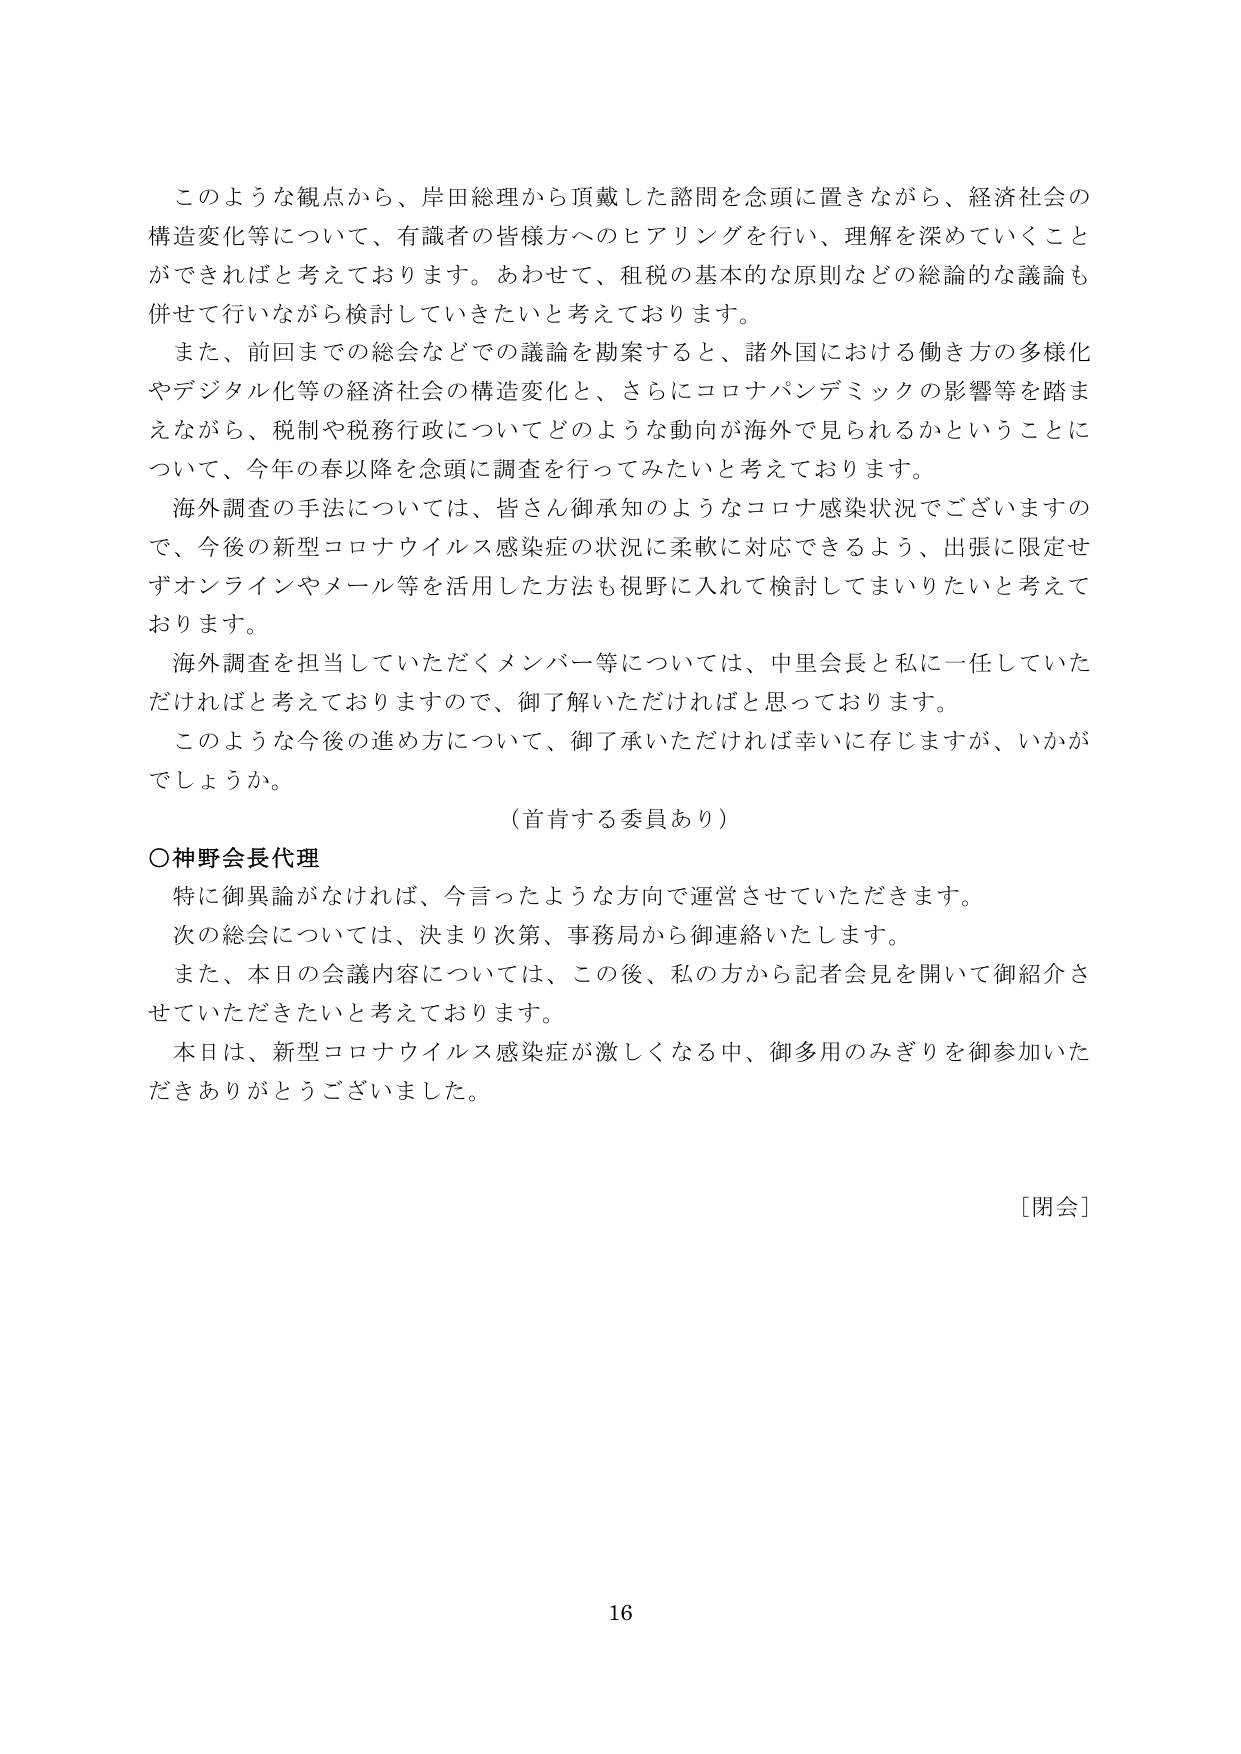
このような観点から、岸田総理から頂戴した諮問を念頭に置きながら、経済社会の構造変化等について、有識者の皆様方へのヒアリングを行い、理解を深めていくことができればと考えております。あわせて、租税の基本的な原則などの総論的な議論も併せて行いながら検討していきたいと考えております。

また、前回までの総会などでの議論を勘案すると、諸外国における働き方の多様化やデジタル化等の経済社会の構造変化と、さらにコロナパンデミックの影響等を踏まえながら、税制や税務行政についてどのような動向が海外で見られるかということについて、今年の春以降を念頭に調査を行ってみたいと考えております。

海外調査の手法については、皆さん御承知のようなコロナ感染状況でございますので、今後の新型コロナウイルス感染症の状況に柔軟に対応できるよう、出張に限定せずオンラインやメール等を活用した方法も視野に入れて検討してまいりたいと考えております。

海外調査を担当していただくメンバー等については、中里会長と私に一任していただければと考えておりますので、御了解いただければと思っております。

このような今後の進め方について、御了承いただければ幸いに存じますが、いかがでしょうか。

（首肯する委員あり）

○神野会長代理

特に御異論がなければ、今言ったような方向で運営させていただきます。

次の総会については、決まり次第、事務局から御連絡いたします。

また、本日の会議内容については、この後、私の方から記者会見を開いて御紹介させていただきたいと考えております。

本日は、新型コロナウイルス感染症が激しくなる中、御多用のみぎりを御参加いただきありがとうございました。

[閉会]

16